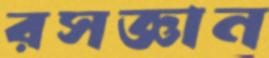
রসজ্ঞান